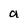
Character: a